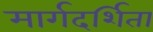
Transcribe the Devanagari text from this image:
मार्गदर्शिता